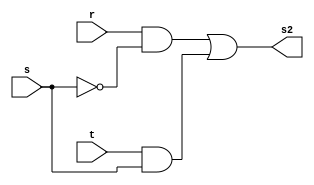
// ------------------------- 
// Exemplo0032 - LU and e or
// Nome: Pedro Henrique Vilar Locatelli 
// ------------------------- 
// ------------------------- 
// f4_gate 
// ------------------------- 
module lastChance (output [3:0] s2, 
			          input [3:0] t, 
			          input [3:0] r, 
			          input [3:0] s); 
 assign s2 = (r & ~s) | (t & s); 
	endmodule // lastChance 
module f4 (output [3:0] s0, 
			  input [3:0] a, 
			  input [3:0] b); 
 assign s0 = (a | b);         
 	endmodule // f4 
module f3 (output [3:0] s1, 
			  input [3:0] c, 
			  input [3:0] d); 
 assign s1 = (c & d); 
	endmodule // f3 
	module test_f5; 
// ------------------------- definir dados 
	reg [3:0] w; 
	reg [3:0] x; 
	reg [3:0] s; 
	wire [3:0] y; 
	wire [3:0] z; 
	wire [3:0] a;
	lastChance mondo (a, z, y, s);
	f4 modulo (z, x, w); 
	f3 modoom (y, x, w); 
// ------------------------- parte principal 
initial begin 
	$display("Exemplo0032 - Pedro Henrique Vilar Locatelli - 427453"); 
	$display("Test LU's module"); 
	w = 4'b0011; x = 4'b0101;
		// projetar testes do modulo 
	#1 s = 4'b1111;
	$monitor("%b operao %b com chave %b = %b", w, x, s, a); 
	#2 s = 4'b0000;
end 
endmodule // test_f5